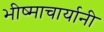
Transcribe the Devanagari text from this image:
भीष्माचार्यानी